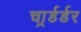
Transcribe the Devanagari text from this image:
चार्र्डर्डर